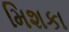
મિશકા